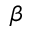
\boldsymbol { \beta }